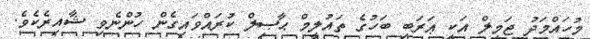
މުހައްމަދު ޖަމީލް އަކީ ޢަރަބި ބަހުގެ ތައުލީމް ޙާޞިލް ކުރައްވައިގެން ހުންނެވި ޝާއިރެކެވެ.